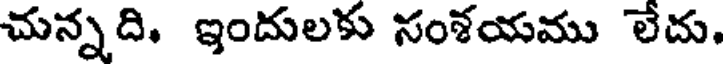
చున్నది. ఇందులకు సంశయము లేదు.